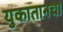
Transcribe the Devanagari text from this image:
युकातानचा